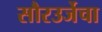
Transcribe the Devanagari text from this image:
सौरउर्जेचा